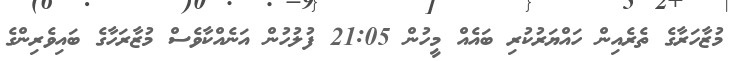
މުޒާހަރާގެ ތެރެއިން ހައްޔަރުކުރި ބައެއް މީހުން 21:05 ފުލުހުން އަނެއްކާވެސް މުޒާރަހާގެ ބައިވެރިންގެ